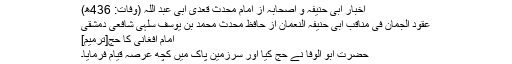
اخبار ابی حنیفہ و اصحابہ از امام محدث قعدی ابی عبد اللہ (وفات: 436ھ)
عقود الجمان فی مناقب ابی حنیفہ النعمان از حافظ محدث محمد بن یوسف سلہی شافعی دمشقی
امام افغانی کا حج[ترمیم]
حضرت ابو الوفا نے حج کیا اور سرزمین پاک میں کچھ عرصہ قیام فرمایا۔